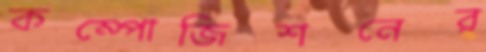
কম্পোজিশনের